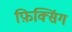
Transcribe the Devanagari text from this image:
फ़िक्सिंग